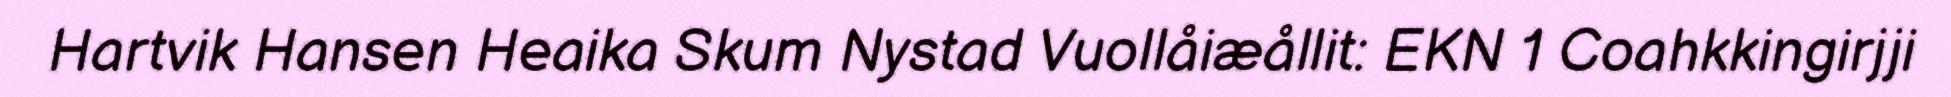
Hartvik Hansen Heaika Skum Nystad Vuollåiæållit: EKN 1 Coahkkingirjji